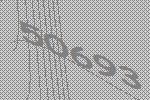
50693